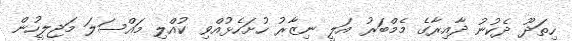
ހިތަދޫ ދެކުނު ދާއިރާގެ މެމްބަރު އަލީ ނިޒާރު ހުށަހެޅުއްވި ކުއްލި މައްސަލަ މަޖިލީހުން